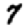
Digit: 7